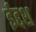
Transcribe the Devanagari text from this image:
ईद्दश